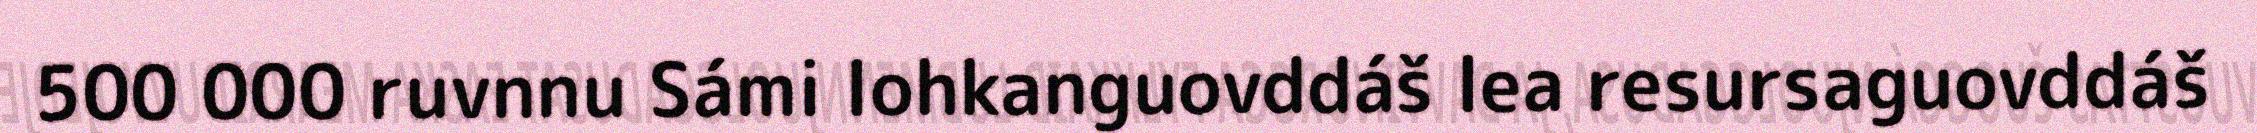
500 000 ruvnnu Sámi lohkanguovddáš lea resursaguovddáš